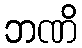
ဘဏိ